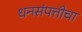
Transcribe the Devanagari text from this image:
धनसंपत्तीचा